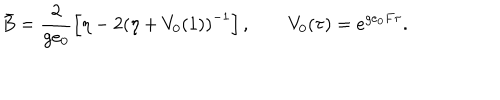
\bar { B } = \frac { 2 } { g e _ { 0 } } \left[ \eta - 2 \left( \eta + V _ { 0 } ( 1 ) \right) ^ { - 1 } \right] , \qquad V _ { 0 } ( \tau ) = e ^ { g e _ { 0 } F \tau } .